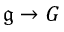
{ \mathfrak { g } } \to G